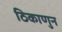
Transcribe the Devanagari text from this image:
ठिकाणुन